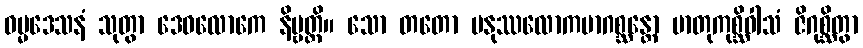
ဓမ္မဒေသနံ သုတွာ ဒေဝလောကေ နိဗ္ဗတ္တိ။ သော တတော မနုဿလောကမာဂစ္ဆန္တော မာတုကုစ္ဆိဝါသံ ဇိဂုစ္ဆိတွာ